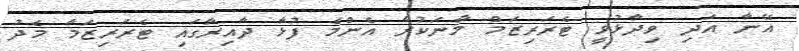
އޭނާ އަދި ވިދާޅުވީ ޓެރަރިޒަމް މާނަކުރާ އެންމެ ފުޅާ ދާއިރާގައި ޓެރަރިޒަމާ މެދު